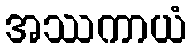
အဿကာယံ